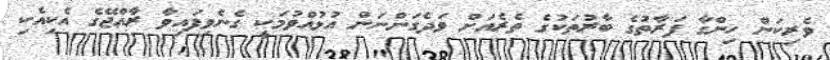
ވެރިކަން ހިންގާ ފަރާތުގެ ބާރުތަކުގެ ތެރެއަށް ވަދެގަންނަން އުޅުއްވުމަކީ ގެނެވިފައިވާ ރާއްޖޭގެ އެކިއެކި